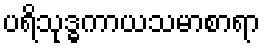
ပရိသုဒ္ဓကာယသမာစာရာ